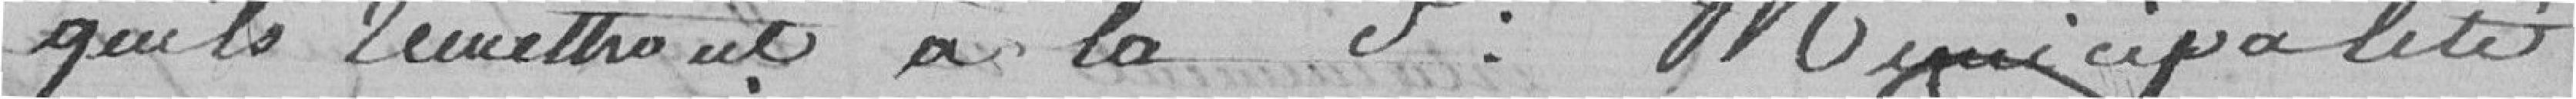
qu'ils remettront à la Municipalité